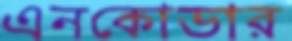
এনকোডার